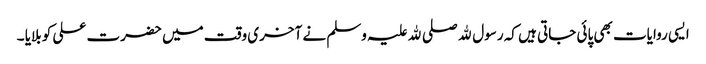
ایسی روایات بھی پائی جاتی ہیں کہ رسول ﷲ صلی ﷲ علیہ وسلم نے آخری وقت میں حضرت علی کو بلایا ۔